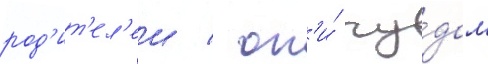
род'ит'ел'еи / он'и́ чу́дом